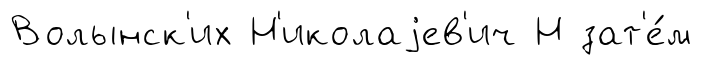
Волынск'их Н'иколаjев'ич Н зат'е́м